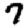
Digit: 7